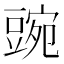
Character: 豌